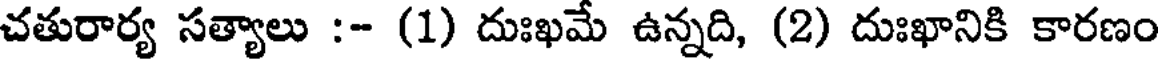
చతురార్య సత్యాలు :- (1) దుఃఖమే ఉన్నది, (2) దుఃఖానికి కారణం